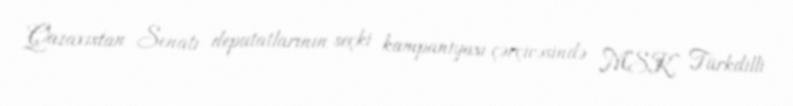
Qazaxıstan Senatı deputatlarının seçki kampaniyası çərçivəsində MSK Türkdilli